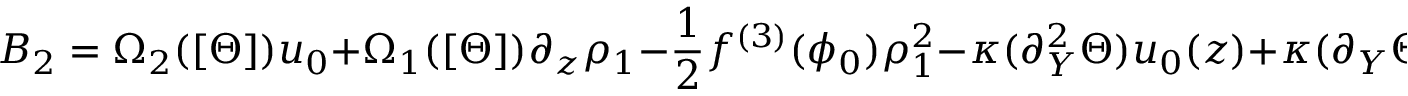
B _ { 2 } = \Omega _ { 2 } ( [ \Theta ] ) u _ { 0 } + \Omega _ { 1 } ( [ \Theta ] ) \partial _ { z } \rho _ { 1 } - \frac { 1 } { 2 } f ^ { ( 3 ) } ( \phi _ { 0 } ) \rho _ { 1 } ^ { 2 } - \kappa ( \partial _ { Y } ^ { 2 } \Theta ) u _ { 0 } ( z ) + \kappa ( \partial _ { Y } \Theta ) ^ { 2 } \partial _ { z } u _ { 0 } - 2 \kappa ( \partial _ { Y } \Theta ) \partial _ { z } \partial _ { y } \rho _ { 1 } .